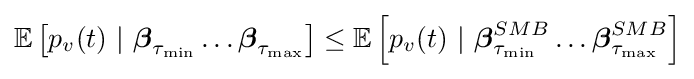
\mathbb {E} \left[p_{v}(t)~|~{\boldsymbol {\beta }}_{\tau _{\min }}\ldots {\boldsymbol {\beta }}_{\tau _{\max }}\right]\leq \mathbb {E} \left[p_{v}(t)~|~{\boldsymbol {\beta }}_{\tau _{\min }}^{SMB}\ldots {\boldsymbol {\beta }}_{\tau _{\max }}^{SMB}\right]